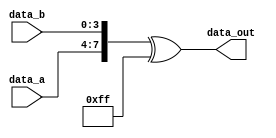
module vector_continuous_assignment (
    input  wire [3:0] data_a,  // 4-bit input signal A
    input  wire [3:0] data_b,  // 4-bit input signal B
    output wire [7:0] data_out  // 8-bit output vector signal
);

// Continuous assignment to the vector signal 'data_out'
assign data_out = {data_a, data_b} ^ 8'hFF; // Concatenation and bitwise NOT operation

endmodule